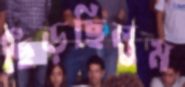
ছিঁড়ছিলুম